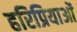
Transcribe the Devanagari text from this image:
हरिप्रियाओं